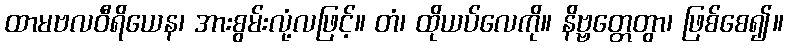
ထာမဗလဝီရိယေန၊ အားစွမ်းလုံ့လဖြင့်။ တံ၊ ထိုယပ်လေကို။ နိဗ္ဗတ္တေတွာ၊ ဖြစ်စေ၍။